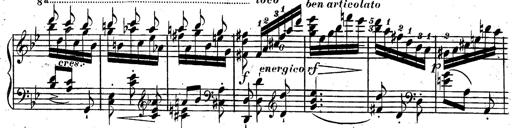
Title: Rondeau fantastique sur un thÃ¨me espagnol
Composer: Franz Liszt